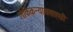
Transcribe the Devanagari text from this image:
लैकिकन्यायसाहस्री